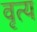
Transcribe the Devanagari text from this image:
वृत्य